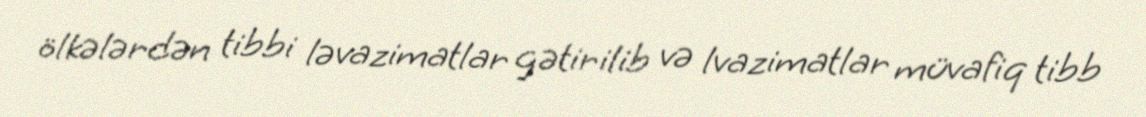
ölkələrdən tibbi ləvazimatlar gətirilib və lvazimatlar müvafiq tibb